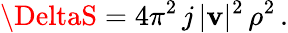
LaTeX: \DeltaS=4\pi^{2}\, j\, |\mathbf{v}|^{2}\, \rho^{2}\, .